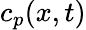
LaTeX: c_{p}(x,t)